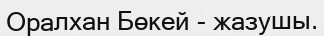
Оралхан Бөкей - жазушы.